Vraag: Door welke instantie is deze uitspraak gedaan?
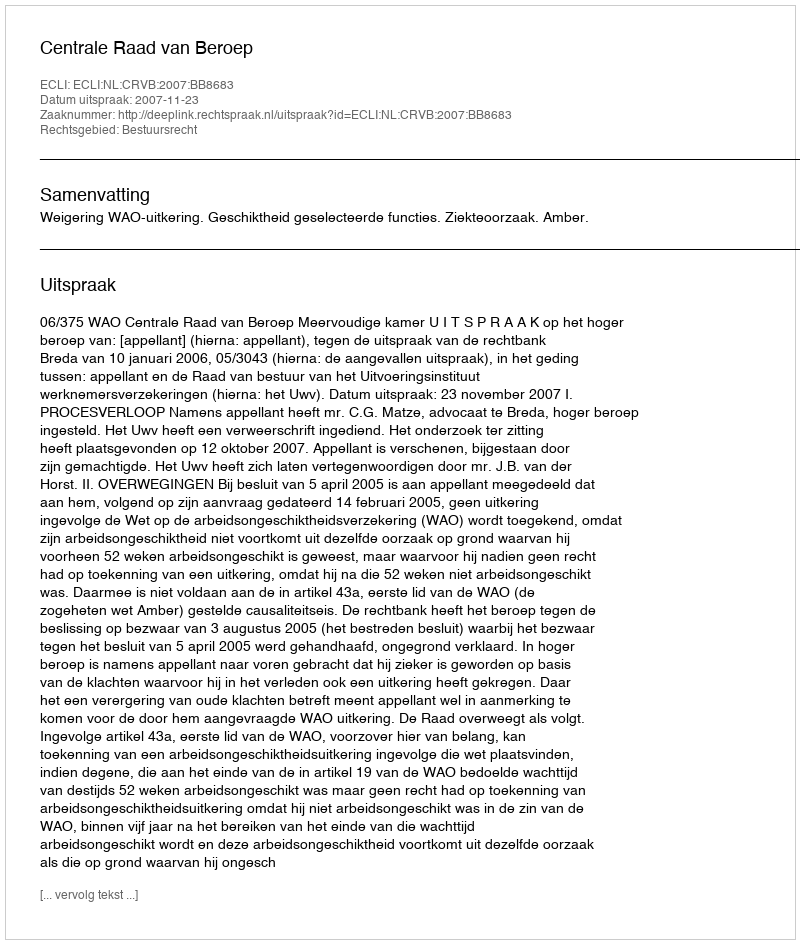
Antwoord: Centrale Raad van Beroep